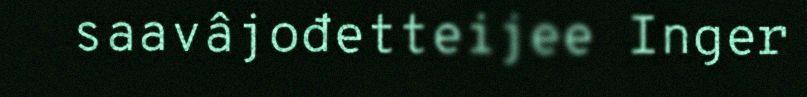
saavâjođetteijee Inger